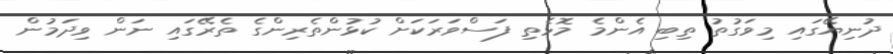
ދުނިޔޭގައި މިވަގުތު ތިބި އެންމެ މޮޅެތި ފަސްވަރަކަށް ކުޅުންތެރިންގެ ތެރޭގައި ނަން ވިދަމުން